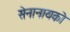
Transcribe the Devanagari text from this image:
सेनानायको